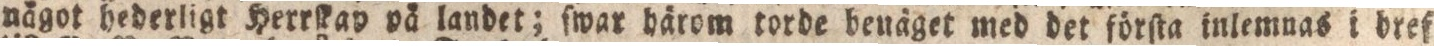
nägot hederligt Herrſkap på landet; ſwar härom torde benäget med det förſta inlemnas i bref